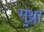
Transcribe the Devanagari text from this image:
सुथ्रा